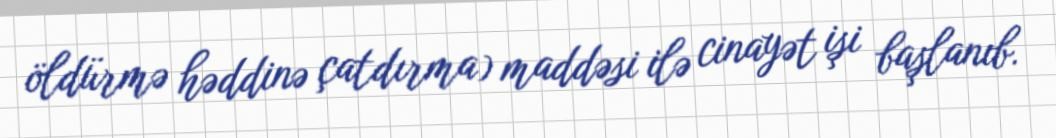
öldürmə həddinə çatdırma) maddəsi ilə cinayət işi başlanıb.